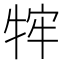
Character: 𭷡